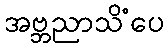
အဗ္ဘညာသိံပေ